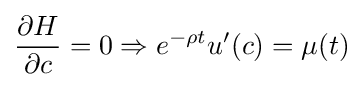
{\frac {\partial H}{\partial c}}=0\Rightarrow e^{-\rho t}u'(c)=\mu (t)